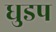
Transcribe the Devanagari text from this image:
धुडप